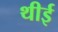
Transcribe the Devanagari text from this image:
थीई